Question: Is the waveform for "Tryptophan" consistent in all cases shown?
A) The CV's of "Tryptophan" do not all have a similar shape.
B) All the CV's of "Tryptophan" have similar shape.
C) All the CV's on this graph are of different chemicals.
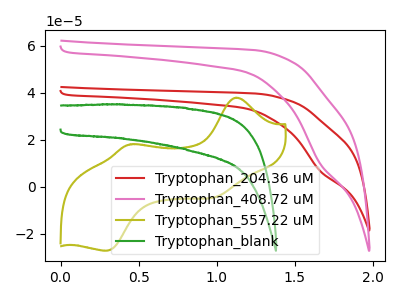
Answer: <think>The red curve "Tryptophan_204.36 uM" has a cathodic peak at: (1.65V, 6.65uA). The pink curve "Tryptophan_408.72 uM" has a cathodic peak at: (1.65V, 9.75uA). The olive curve "Tryptophan_557.22 uM" has anodic peaks at (1.15V, 37.90uA) (0.45V, 18.10uA) and cathodic peaks at (1.00V, -4.10uA) (0.30V, -27.10uA). The green curve "Tryptophan_blank" has no peaks.
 All the peaks in "Tryptophan_204.36 uM" have a peak in "Tryptophan_408.72 uM" at the same potential. Every peak in "Tryptophan_204.36 uM" is higher than every peak in "Tryptophan_408.72 uM". "Tryptophan_204.36 uM" and "Tryptophan_557.22 uM" have a different number of peaks. "Tryptophan_204.36 uM" and "Tryptophan_blank" have a different number of peaks. "Tryptophan_408.72 uM" and "Tryptophan_557.22 uM" have a different number of peaks. "Tryptophan_408.72 uM" and "Tryptophan_blank" have a different number of peaks. "Tryptophan_557.22 uM" and "Tryptophan_blank" have a different number of peaks.</think>
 <answer>B) All the CV's of "Tryptophan" have similar shape.</answer>
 <eval>B</eval>